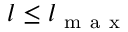
l \le l _ { \mathrm { ~ m ~ a ~ x ~ } }